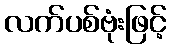
လက်ပစ်ဗုံးဖြင့်